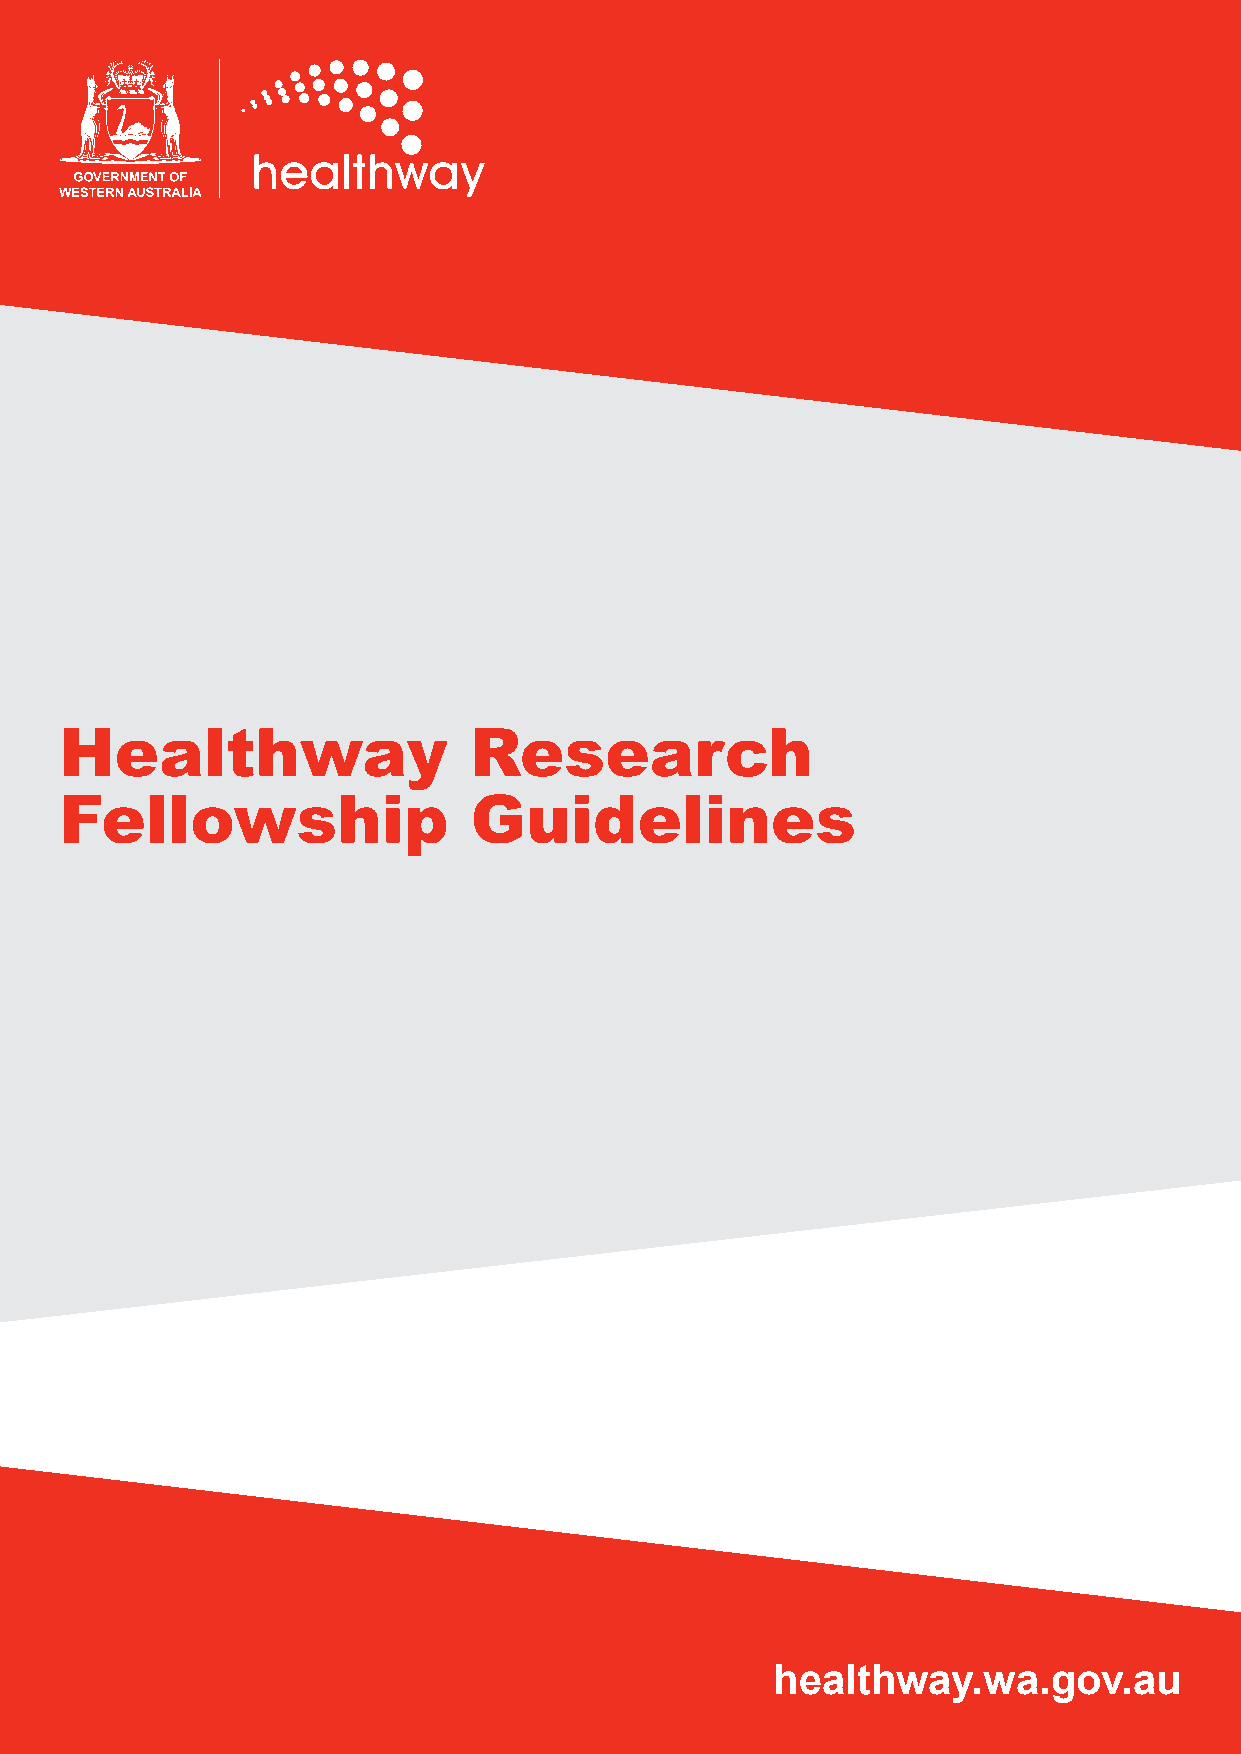
Healthway                  Research
 Fellowship                 Guidelines
 healthway.wa.gov.au